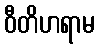
ဝီတိဟရာမ